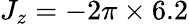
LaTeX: J_{z}=-2\pi\times 6.2